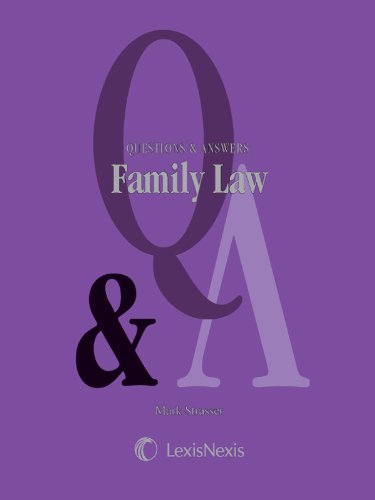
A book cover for Questions and Answers: Family Law; Mark Strasser; Law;